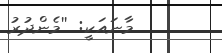
މާނައަކީ: ''މެންދުރު